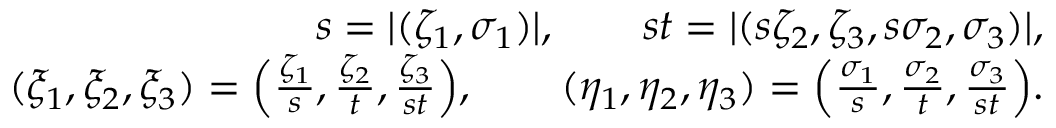
\begin{array} { r } { s = | ( \zeta _ { 1 } , \sigma _ { 1 } ) | , \qquad s t = | ( s \zeta _ { 2 } , \zeta _ { 3 } , s \sigma _ { 2 } , \sigma _ { 3 } ) | , } \\ { ( \xi _ { 1 } , \xi _ { 2 } , \xi _ { 3 } ) = \Big ( \frac { \zeta _ { 1 } } { s } , \frac { \zeta _ { 2 } } { t } , \frac { \zeta _ { 3 } } { s t } \Big ) , \qquad ( \eta _ { 1 } , \eta _ { 2 } , \eta _ { 3 } ) = \Big ( \frac { \sigma _ { 1 } } { s } , \frac { \sigma _ { 2 } } { t } , \frac { \sigma _ { 3 } } { s t } \Big ) . } \end{array}